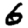
Digit: 6